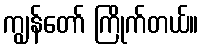
ကျွန်တော် ကြိုက်တယ်။